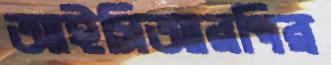
আইসিআরপির